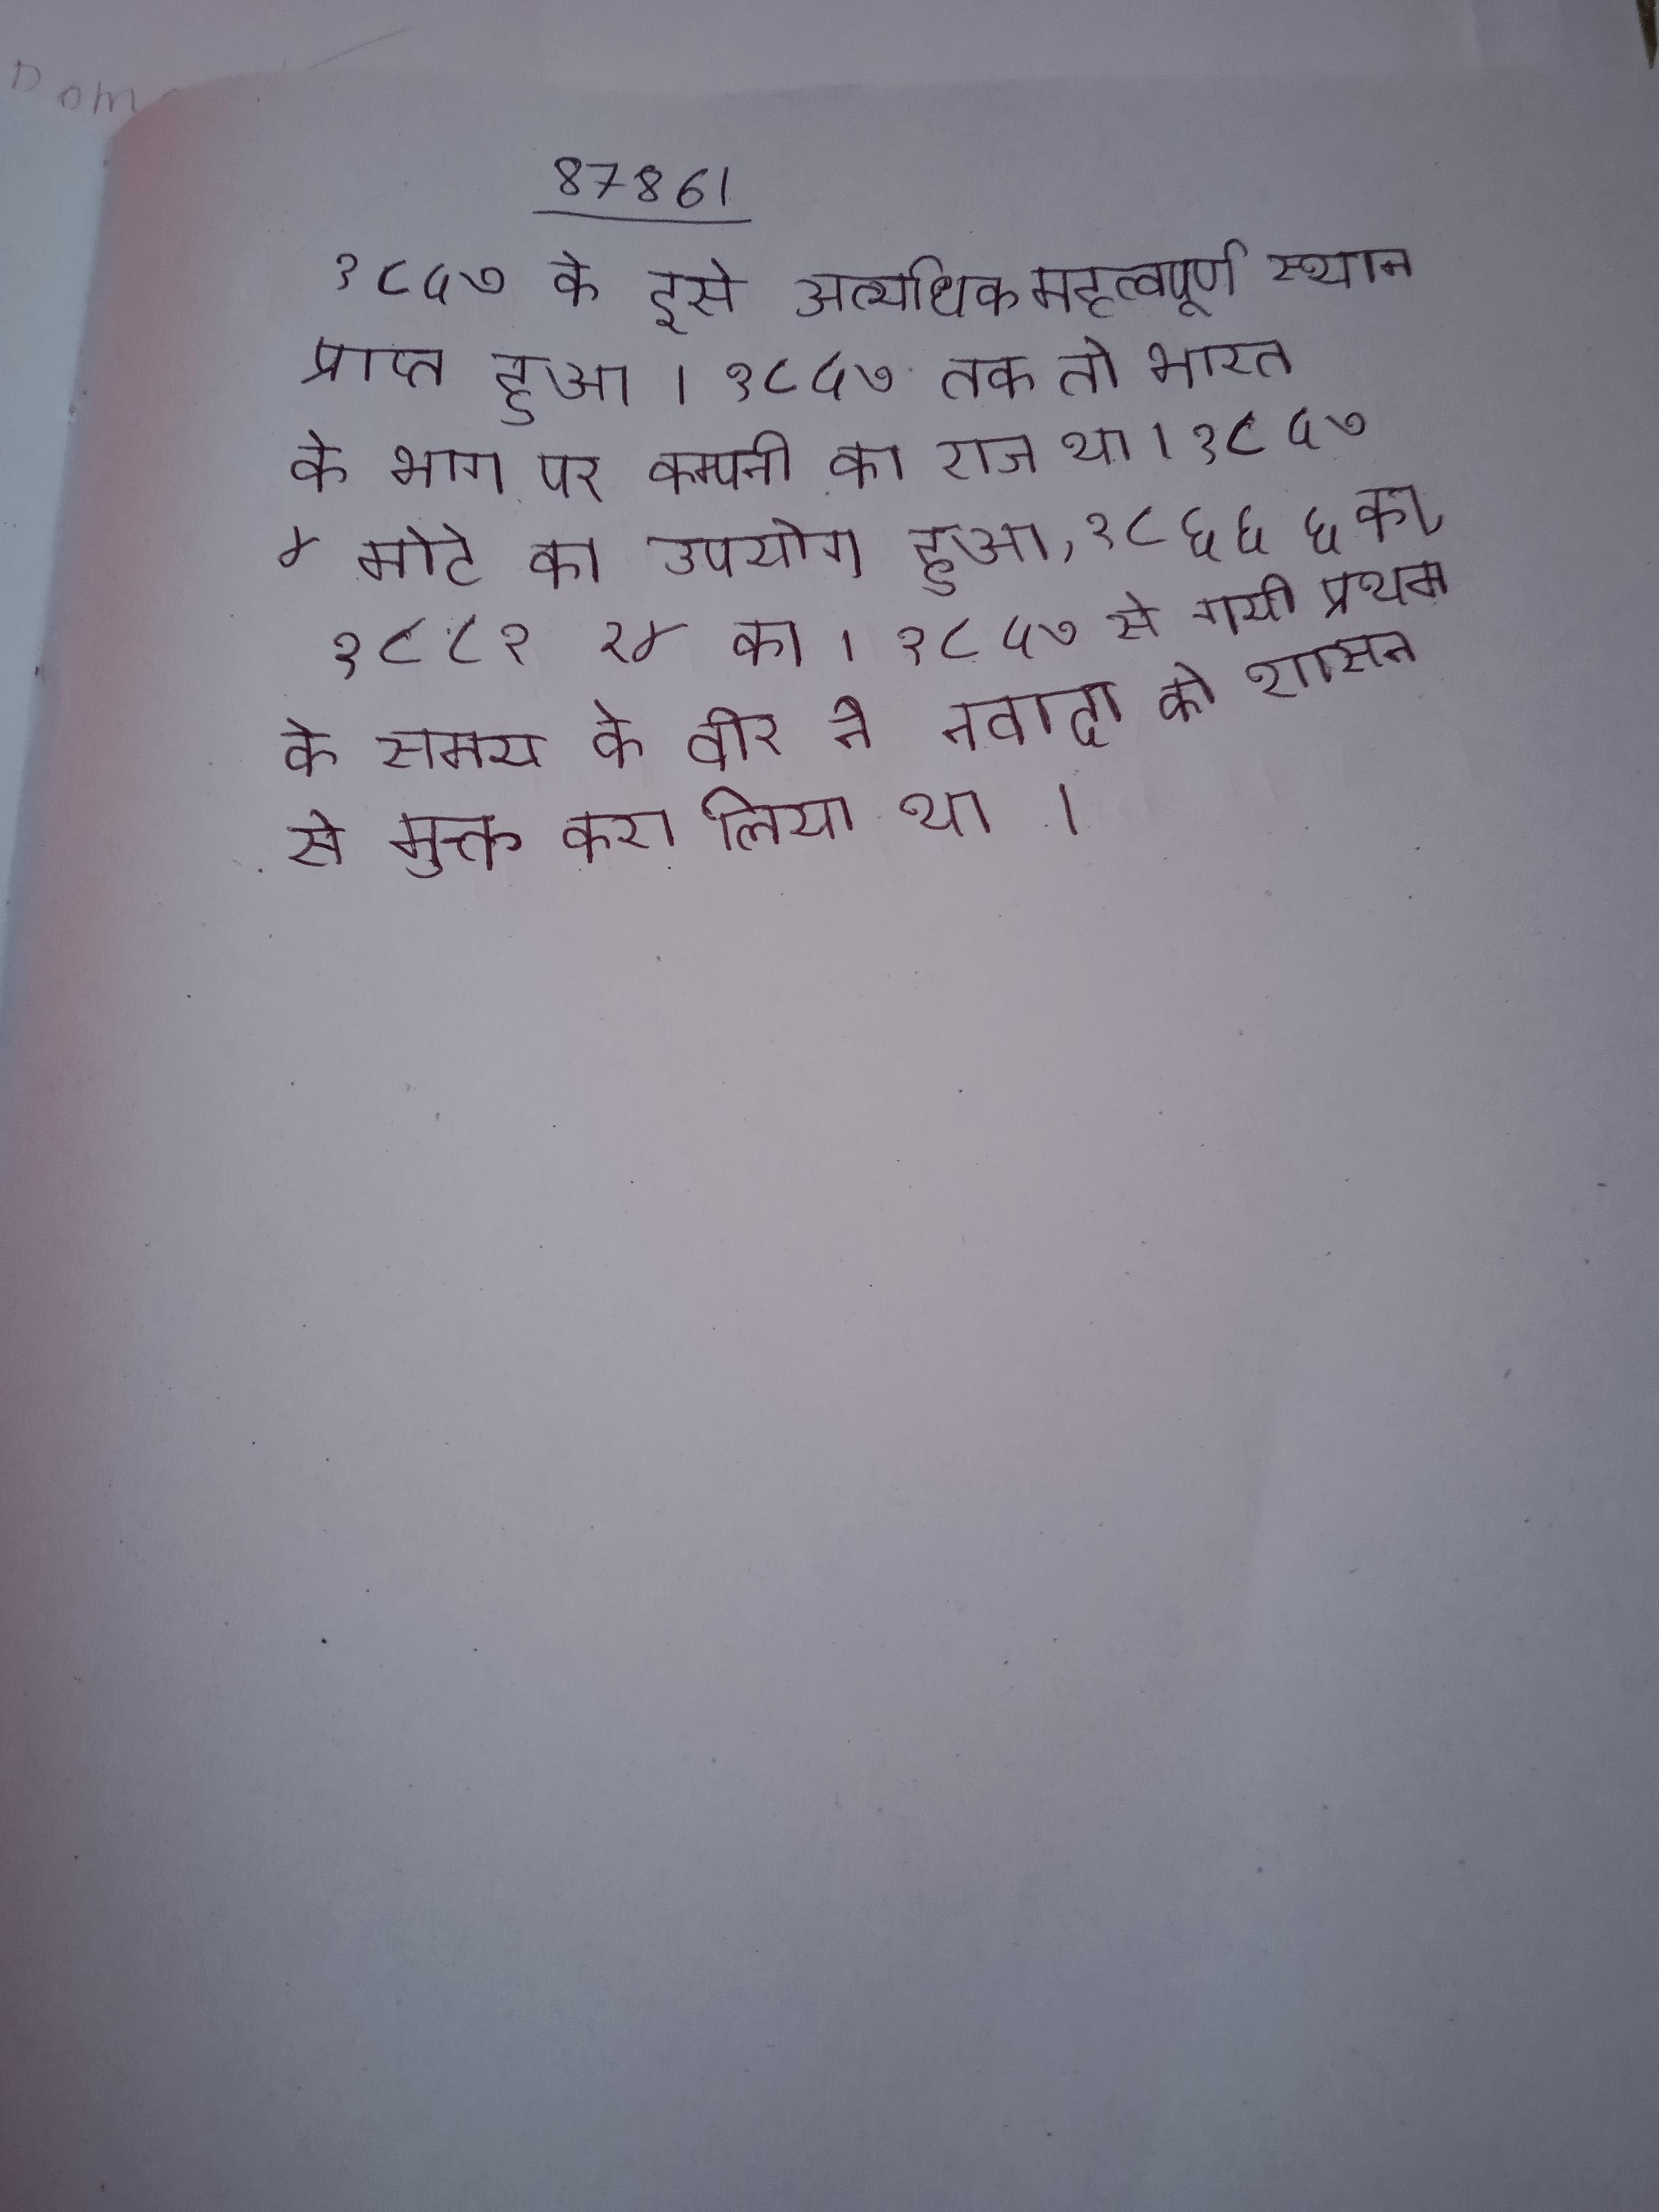
१८५७ के इसे अत्यधिक महत्वपूर्ण स्थान प्राप्त हुआ । १८५७ तक तो भारत के भाग पर कम्पनी का राज था । १८५७ ४ मोटे का उपयोग हुआ, १८६६ ६ का, १८८१ २४ का । १८५७ से गयी प्रथम के समय के वीर ने नवादा को शासन से मुक्त करा लिया था ।